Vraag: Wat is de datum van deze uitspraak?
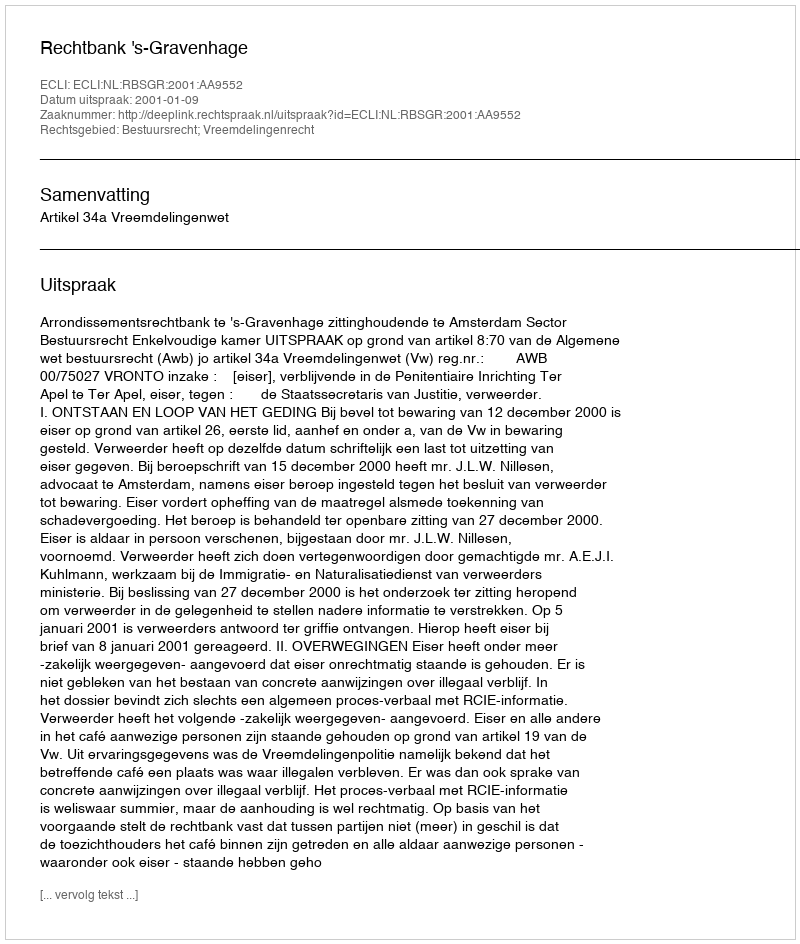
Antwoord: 2001-01-09